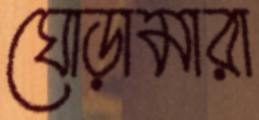
ঘোড়ামারা